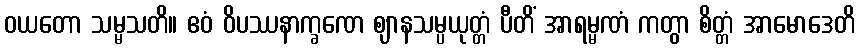
ဝယတော သမ္မသတိ။ ဧဝံ ဝိပဿနာက္ခဏေ ဈာနသမ္ပယုတ္တံ ပီတိံ အာရမ္မဏံ ကတွာ စိတ္တံ အာမောဒေတိ